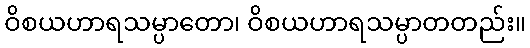
ဝိစယဟာရသမ္ပာတော၊ ဝိစယဟာရသမ္ပာတတည်း။